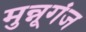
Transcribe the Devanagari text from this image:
मुन्नूगंज